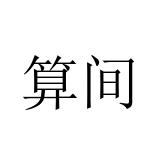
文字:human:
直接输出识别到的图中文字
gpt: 算间